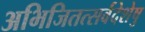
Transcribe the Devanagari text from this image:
अभिजितत्सर्वदेशेषु